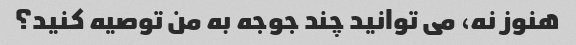
هنوز نه، می توانید چند جوجه به من توصیه کنید؟